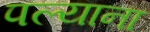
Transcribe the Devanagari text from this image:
पल्याना